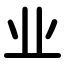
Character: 业